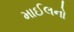
માઈલનો